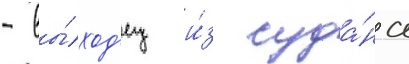
- вы́ход'ец и́з суда́на